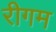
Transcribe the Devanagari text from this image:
रीगम